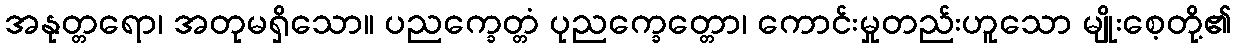
အနုတ္တရော၊ အတုမရှိသော။ ပညက္ခေတ္တံ ပုညက္ခေတ္တော၊ ကောင်းမှုတည်းဟူသော မျိုးစေ့တို့၏